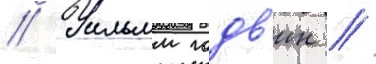
// Уильям годв'ин //